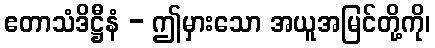
ဧတာသံဒိဋ္ဌီနံ - ဤမှားသော အယူအမြင်တို့ကို၊